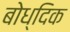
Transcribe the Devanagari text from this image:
बोध्दिक